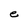
Character: e